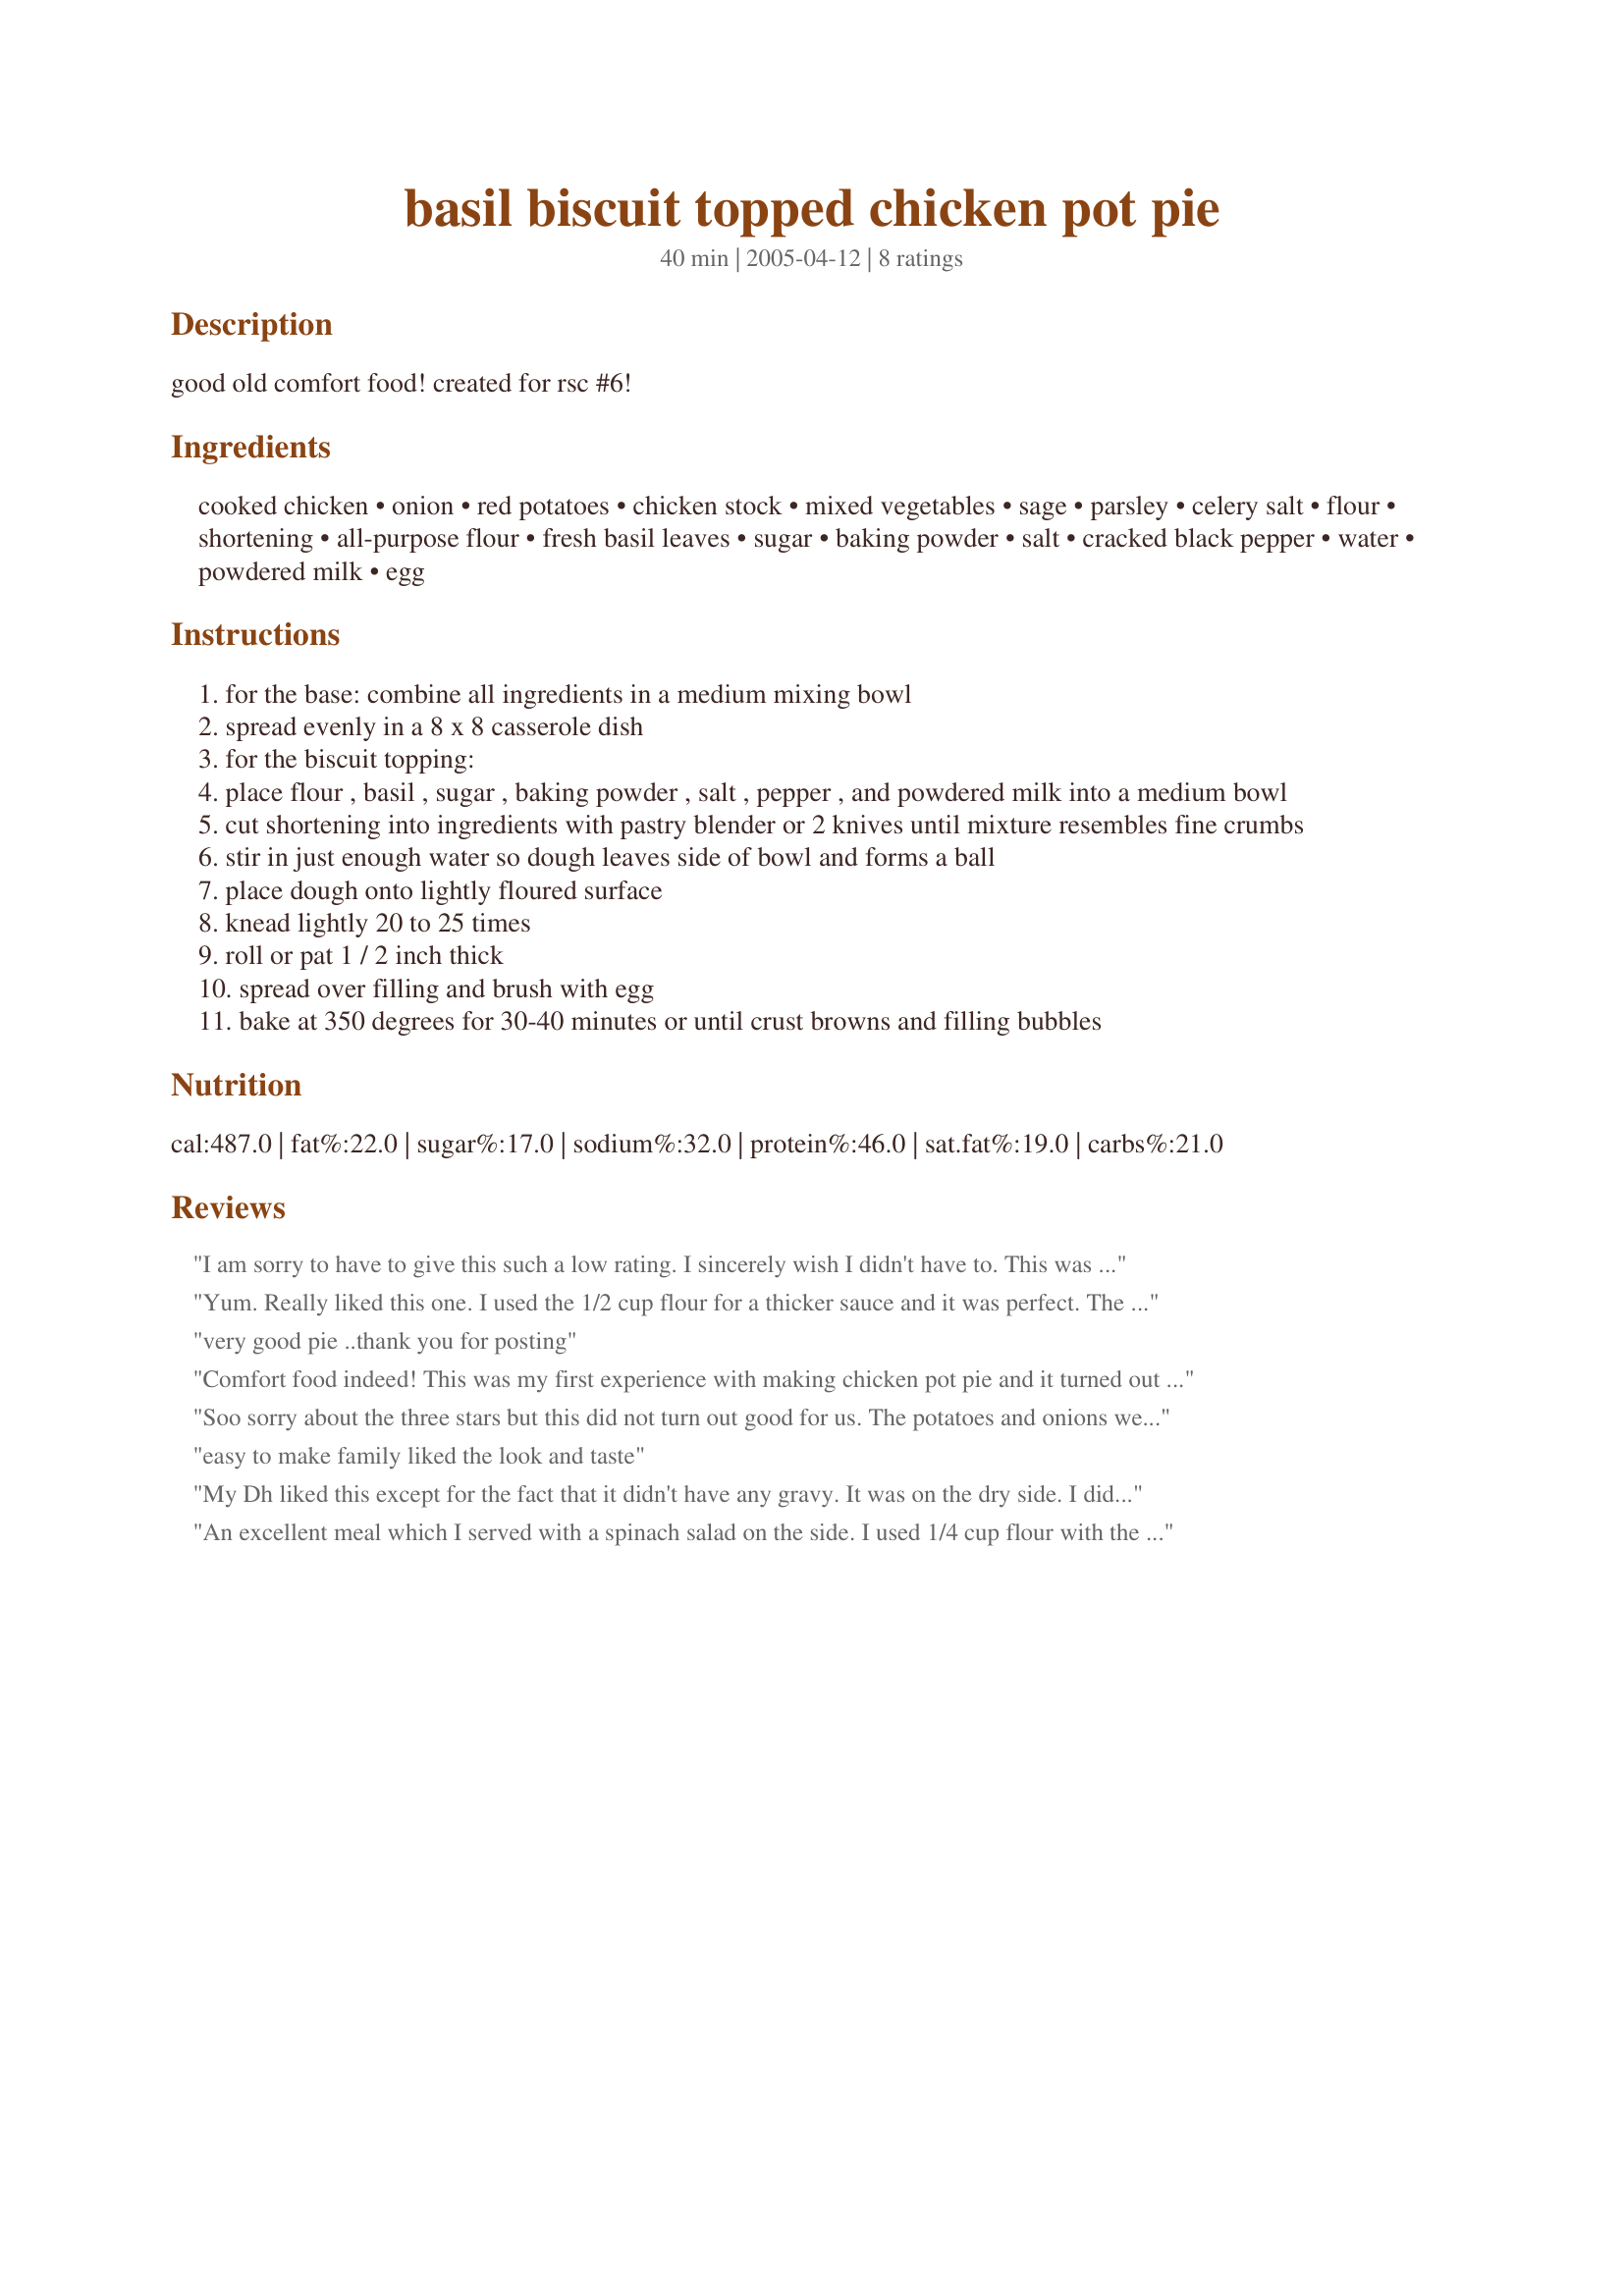
basil biscuit topped chicken pot pie
Preparation time: 40 minutes

good old comfort food! created for rsc #6!

Ingredients:
cooked chicken, onion, red potatoes, chicken stock, mixed vegetables, sage, parsley, celery salt, flour, shortening, all-purpose flour, fresh basil leaves, sugar, baking powder, salt, cracked black pepper, water, powdered milk, egg

Steps:
for the base: combine all ingredients in a medium mixing bowl
spread evenly in a 8 x 8 casserole dish
for the biscuit topping:
place flour , basil , sugar , baking powder , salt , pepper , and powdered milk into a medium bowl
cut shortening into ingredients with pastry blender or 2 knives until mixture resembles fine crumbs
stir in just enough water so dough leaves side of bowl and forms a ball
place dough onto lightly floured surface
knead lightly 20 to 25 times
roll or pat 1 / 2 inch thick
spread over filling and brush with egg
bake at 350 degrees for 30-40 minutes or until crust browns and filling bubbles

Reviews:
I am sorry to have to give this such a low rating. I sincerely wish I didn't have to. This was a big disappointment. It was too dry. It should have had more filling and less topping. It might have been improved if a gravy would have been made to use over the top to make it more moist. Also it would have been better if the potatoes would have been precooked because they were not quite done. (I baked it for the full 40 minutes and it was barely brown when I took it from the oven.) It seemed that the sage and basil clashed in flavor...and might have been improved with less sage.
Yum. Really liked this one. I used the 1/2 cup flour for a thicker sauce and it was perfect. The biscuit topping recipe would also make great separate savory biscuits to serve with another dinner sometime.
very good pie ..thank you for posting
Comfort food indeed! This was my first experience with making chicken pot pie and it turned out fantastic. Any Diner would be proud to have this on their menu. I am looking forward to making this in individual ramekins as well. The chicken filling is very tasty. I only added some minced garlic (because I love garlic). Also note that the instructions specify “diced” potatoes. I was a little sloppy with my dicing, and some of the larger pieces did not get cooked through. I love biscuits, and this biscuit topping is great. In fact, the topping can stand on it’s own as a biscuit recipe. Thanks for a great recipe!
Soo sorry about the three stars but this did not turn out good for us. The potatoes and onions were still hard and crunchy, I did cook it for 50 minutes. I think the probelem was that the potatoes and onions, for that matter the whole filling should have been partially cooked, perhaps with the chicken, before putting the top on, the potatoes and onions especially. To make it even worse, the biscuit top was fine on the top, it looked done after 50 minutes, but the bottom of the biscuit was still raw. I don't know what the answer to that would be except that perhaps if the topp was cut into biscuits with space between it might have worked. It is really a shame because it could have been good, the taste was there it just wasn't cooked enough. If I were to try it again I would par boil the potatoes and saute the onions with the rest of the filling and then put the biscuits on top. Thanks for trying, really liked the concept.
easy to make family liked the look and taste
My Dh liked this except for the fact that it didn't have any gravy. It was on the dry side. I did dot the filling with 2 tablespoons of butter before placing the biscuit topping on. The biscuit was nicely seasoned. I didn`t have a 8x8 so I used a 9x13 pan which a sprayed with canola cooking spray. Thanks.
An excellent meal which I served with a spinach salad on the side. I used 1/4 cup flour with the base ingredients and found the consistency just right. I used splenda instead of sugar in the biscuit topping but kept everything else the same. I was so impressed with the mellow basil flavour of this topping and how it complemented the base seasonings. I did need to use a large casserole dish, my 8x8 wasn't big enough for this pie. I also rolled the dough out more thinly and it baked up very nicely. This recipe is a keeper in my books.
